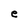
Character: e